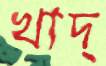
খাদ্